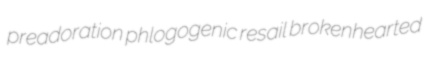
preadoration phlogogenic resail brokenhearted